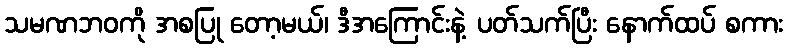
သမဏဘဝကို အစပြု တော့မယ်၊ ဒီအကြောင်းနဲ့ ပတ်သက်ပြီး နောက်ထပ် စကား